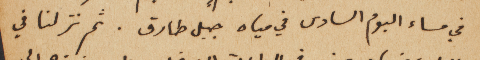
في مساء اليوم السادس في مياه جبل طارق. ثم نزلنا في